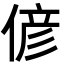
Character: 偐